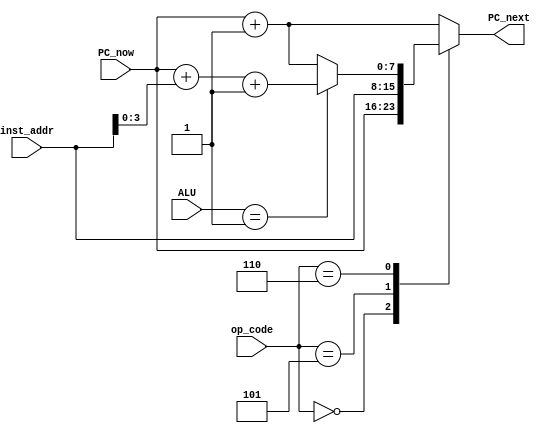
module PCControl(input [7:0] PC_now, input [3:0] op_code,input [7:0] inst_addr,input[7:0] ALU,output reg [7:0] PC_next);  
 always @(*)
 begin   
      case(op_code)  
      4'b0000:PC_next=PC_now;
      4'b0101:PC_next=inst_addr ;  
      4'b0110: begin if(ALU==4'd1) PC_next=PC_now + inst_addr[3:0] + 1; else PC_next=PC_now+1 ; end
      default:PC_next=PC_now+1; 
      endcase  
 end   
 endmodule